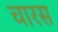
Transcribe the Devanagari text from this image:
चारस